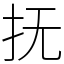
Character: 抚